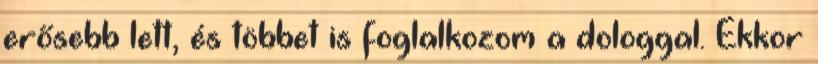
erősebb lett, és többet is foglalkozom a dologgal. Ekkor